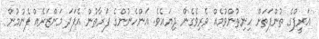
އަރީފްގެ ތުންފަތަށް ހިނިތުންވުމެއް ވެރިވެގެން ދިޔައެވެ. އަންހެނުންގެ ފަރާތުން އެފަދަ މަންޒަރެއް ފެނުމުން